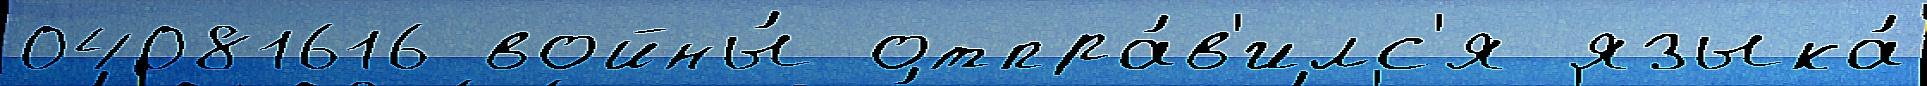
04081616 войны́ отпра́в'илс'я языка́